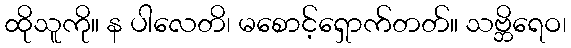
ထိုသူကို။ န ပါလေတိ၊ မစောင့်ရှောက်တတ်။ သဗ္ဘိရေဝ၊